Scientific memoirs by medical officers of the Army of India - Part III,
Year: 1887
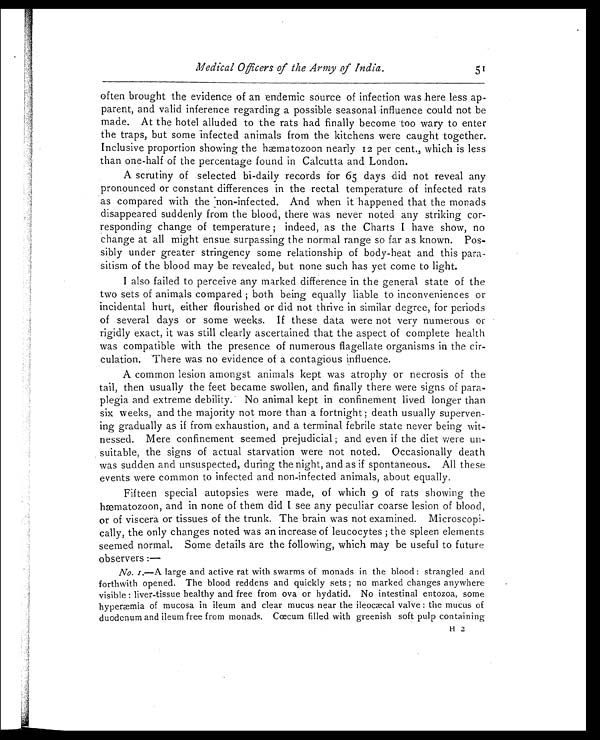
Medical Officers of the Army of India. 5 1
often brought the evidence of an endemic source of infection was here less ap-
parent, and valid inference regarding a possible seasonal influence could not be
made. At the hotel alluded to the rats had finally become too wary to enter
the traps, but some infected animals from the kitchens were caught together.
Inclusive proportion showing the hæmatozoon nearly 12 per cent., which is less
than one-half of the percentage found in Calcutta and London.
A scrutiny of selected bi-daily records for 65 days did not reveal any
pronounced or constant differences in the rectal temperature of infected rats
as compared with the non-infected. And when it happened that the monads
disappeared suddenly from the blood, there was never noted any striking cor-
responding change of temperature; indeed, as the Charts I have show, no
change at all might ensue surpassing the normal range so far as known. Pos-
sibly under greater stringency some relationship of body-heat and this para-
sitism of the blood may be revealed, but none such has yet come to light.
I also failed to perceive any marked difference in the general state of the
two sets of animals compared; both being equally liable to inconveniences or
incidental hurt, either flourished or did not thrive in similar degree, for periods
of several days or some weeks. If these data were not very numerous or
rigidly exact, it was still clearly ascertained that the aspect of complete health
was compatible with the presence of numerous flagellate organisms in the cir-
culation. There was no evidence of a contagious influence.
A common lesion amongst animals kept was atrophy or necrosis of the
tail, then usually the feet became swollen, and finally there were signs of para-
plegia and extreme debility. No animal kept in confinement lived longer than
six weeks, and the majority not more than a fortnight; death usually superven-
ing gradually as if from exhaustion, and a terminal febrile state never being wit-
nessed. Mere confinement seemed prejudicial; and even if the diet were un-
suitable, the signs of actual starvation were not noted. Occasionally death
was sudden and unsuspected, during the night, and as if spontaneous. All these
events were common to infected and non-infected animals, about equally.
Fifteen special autopsies were made, of which 9 of rats showing the
hæmatozoon, and in none of them did I see any peculiar coarse lesion of blood,
or of viscera or tissues of the trunk. The brain was not examined. Microscopi-
cally, the only changes noted was an increase of leucocytes; the spleen elements
seemed normal. Some details are the following, which may be useful to future
observers : —
No. I.—A large and active rat with swarms of monads in the blood: strangled and
forthwith opened. The blood reddens and quickly sets; no marked changes anywhere
visible: liver-tissue healthy and free from ova or hydatid. No intestinal entozoa, some
hyperæmia of mucosa in ileum and clear mucus near the ileocæcal valve: the mucus of
duodenum and ileum free from monads. Cæcum filled with greenish soft pulp containing
H 2